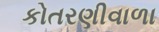
કોતરણીવાળા